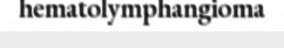
hematolymphangioma